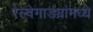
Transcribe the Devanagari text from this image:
रेल्वेगाड्यांमध्ये